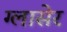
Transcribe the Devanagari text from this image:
ग्लासेर